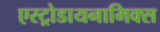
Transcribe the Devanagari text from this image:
एस्ट्रोडायनामिक्स